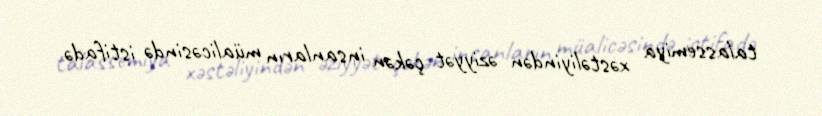
talassemiya xəstəliyindən əziyyət çəkən insanların müalicəsində istifadə